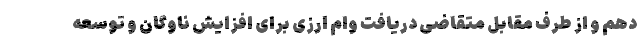
دهم و از طرف مقابل متقاضی دریافت وام ارزی برای افزایش ناوگان و توسعه